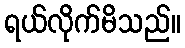
ရယ်လိုက်မိသည်။